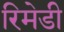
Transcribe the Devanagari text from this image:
रिमेडी